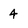
Character: 4